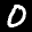
Label: 0